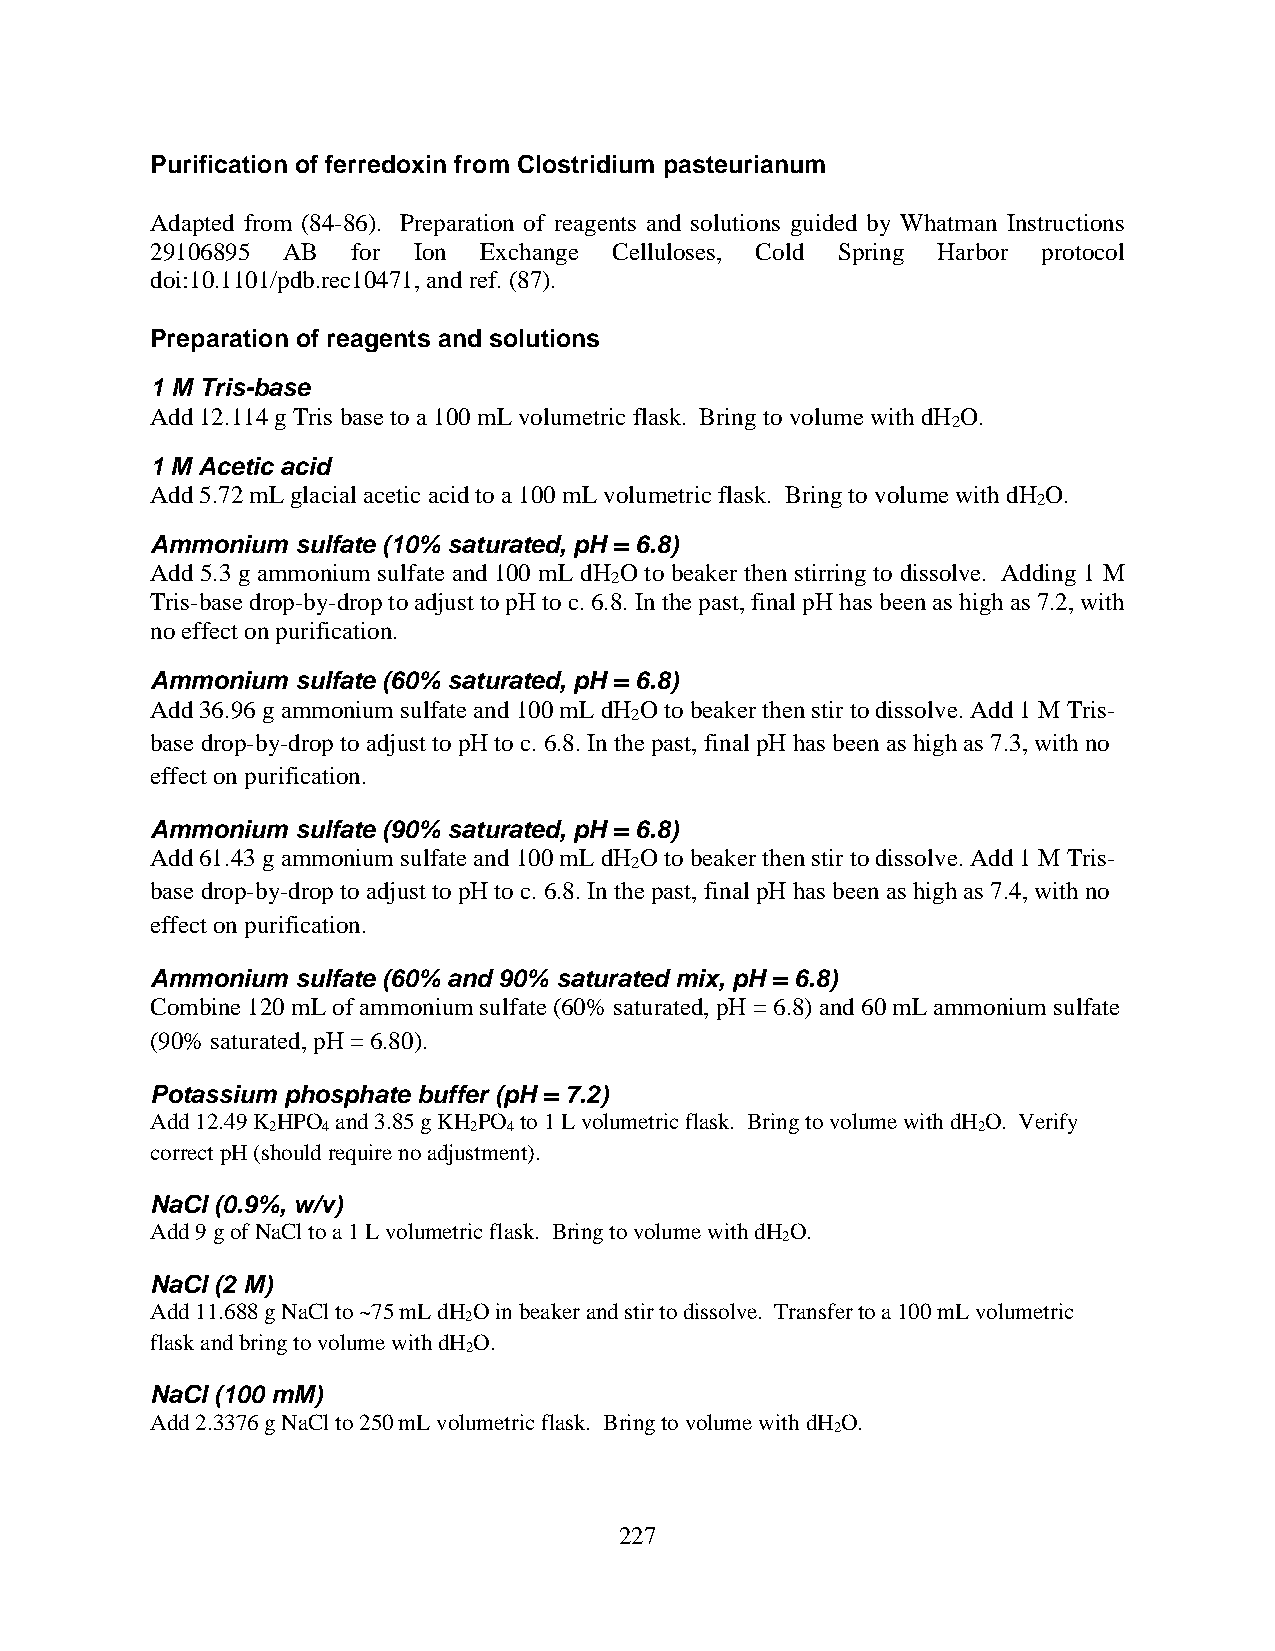
Purification of ferredoxin from Clostridium pasteurianum
 Adapted from (84-86). Preparation of reagents and solutions guided by Whatman Instructions
 29106895 AB  for Ion  Exchange Celluloses, Cold Spring Harbor protocol
 doi:10.1101/pdb.rec10471, and ref. (87).
 Preparation of reagents and solutions
 1 M Tris-base
 Add 12.114 g Tris base to a 100 mL volumetric flask. Bring to volume with dH O.
 2
 1 M Acetic acid
 Add 5.72 mL glacial acetic acid to a 100 mL volumetric flask. Bring to volume with dH O.
 2
 Ammonium sulfate (10% saturated, pH = 6.8)
 Add 5.3 g ammonium sulfate and 100 mL dH O to beaker then stirring to dissolve. Adding 1 M
 2
 Tris-base drop-by-drop to adjust to pH to c. 6.8. In the past, final pH has been as high as 7.2, with
 no effect on purification.
 Ammonium sulfate (60% saturated, pH = 6.8)
 Add 36.96 g ammonium sulfate and 100 mL dH O to beaker then stir to dissolve. Add 1 M Tris-
 2
 base drop-by-drop to adjust to pH to c. 6.8. In the past, final pH has been as high as 7.3, with no
 effect on purification.
 Ammonium sulfate (90% saturated, pH = 6.8)
 Add 61.43 g ammonium sulfate and 100 mL dH O to beaker then stir to dissolve. Add 1 M Tris-
 2
 base drop-by-drop to adjust to pH to c. 6.8. In the past, final pH has been as high as 7.4, with no
 effect on purification.
 Ammonium sulfate (60% and 90% saturated mix, pH = 6.8)
 Combine 120 mL of ammonium sulfate (60% saturated, pH = 6.8) and 60 mL ammonium sulfate
 (90% saturated, pH = 6.80).
 Potassium phosphate buffer (pH = 7.2)
 Add 12.49 K HPO and 3.85 g KH PO to 1 L volumetric flask. Bring to volume with dH O. Verify
 2  4         2  4                              2
 correct pH (should require no adjustment).
 NaCl (0.9%, w/v)
 Add 9 g of NaCl to a 1 L volumetric flask. Bring to volume with dH O.
 2
 NaCl (2 M)
 Add 11.688 g NaCl to ~75 mL dH O in beaker and stir to dissolve. Transfer to a 100 mL volumetric
 2
 flask and bring to volume with dH O.
 2
 NaCl (100 mM)
 Add 2.3376 g NaCl to 250 mL volumetric flask. Bring to volume with dH O.
 2
 227